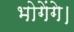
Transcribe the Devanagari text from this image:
भोगेंगे।